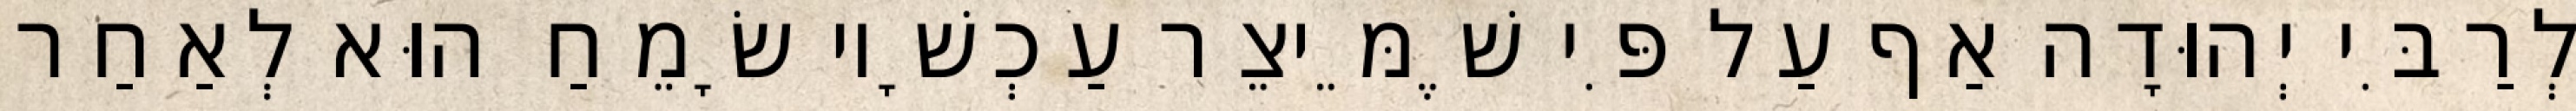
לְרַבִּי יְהוּדָה אַף עַל פִּי שֶׁמֵּיצֵר עַכְשָׁיו שָׂמֵחַ הוּא לְאַחַר